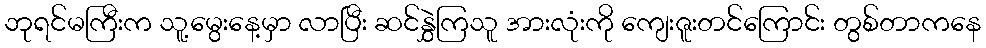
ဘုရင်မကြီးက သူ့မွေးနေ့မှာ လာပြီး ဆင်နွှဲကြသူ အားလုံးကို ကျေးဇူးတင်ကြောင်း တွစ်တာကနေ